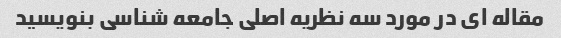
مقاله ای در مورد سه نظریه اصلی جامعه شناسی بنویسید